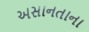
અસાનતાના